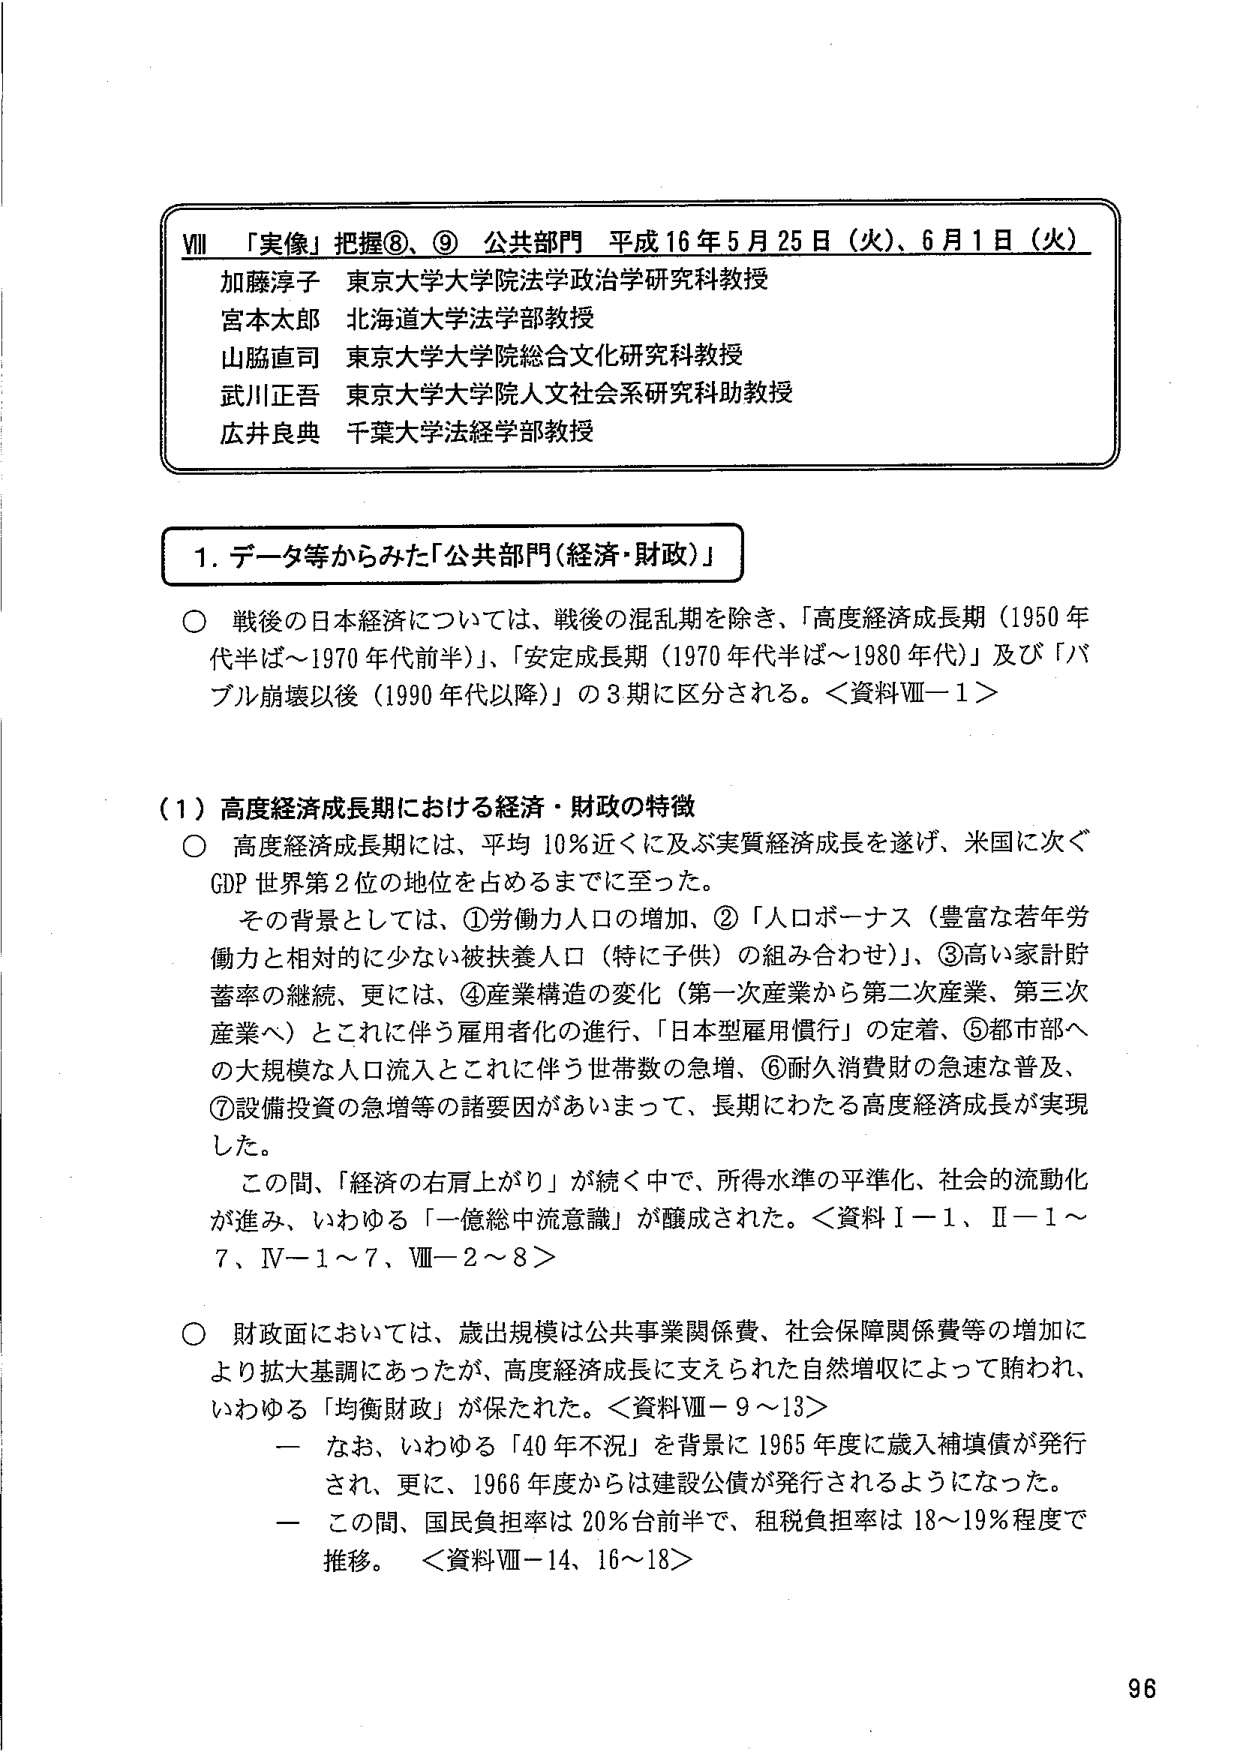
VII 「実像」把握⑧、⑨ 公共部門 平成16年5月25日（火）、6月1日（火）
加藤淳子 東京大学大学院法学政治学研究科教授
宮本太郎 北海道大学法学部教授
山脳直司 東京大学大学院総合文化研究科教授
武川正吾 東京大学大学院人文社会系研究科助教授
広井良典 千葉大学法経学部教授

1. データ等からみた「公共部門（経済・財政）」

○ 戦後の日本経済については、戦後の混乱期を除き、「高度経済成長期（1950年代半ば～1970年代前半）」、「安定成長期（1970年代半ば～1980年代）」及び「バブル崩壊以後（1990年代以降）」の3期に区分される。＜資料Ⅷ－1＞

（1）高度経済成長期における経済・財政の特徴
○ 高度経済成長期には、平均10％近くに及ぶ実質経済成長を遂げ、米国に次ぐGDP世界第2位の地位を占めるまでに至った。
　その背景としては、①労働力人口の増加、②「人口ボーナス（豊富な若年労働力と相対的に少ない被扶養人口（特に子供）の組み合わせ）」、③高い家計貯蓄率の継続、更には、④産業構造の変化（第一次産業から第二次産業、第三次産業へ）とこれに伴う雇用者化の進行、「日本型雇用慣行」の定着、⑤都市部への大規模な人口流入とこれに伴う世帯数の急増、⑥耐久消費財の急速な普及、⑦設備投資の急増等の諸要因があいまって、長期にわたる高度経済成長が実現した。
　この間、「経済の右肩上がり」が続く中で、所得水準の平準化、社会的流動化が進み、いわゆる「一億総中流意識」が醸成された。＜資料Ⅰ－1、Ⅱ－1～7、Ⅳ－1～7、Ⅷ－2～8＞

○ 財政面においては、歳出規模は公共事業関係費、社会保障関係費等の増加により拡大基調にあったが、高度経済成長に支えられた自然増収によって賄われ、いわゆる「均衡財政」が保たれた。＜資料Ⅷ－9～13＞
　－ なお、いわゆる「40年不況」を背景に1965年度に歳入補填債が発行され、更に、1966年度からは建設公債が発行されるようになった。
　－ この間、国民負担率は20％台前半で、租税負担率は18～19％程度で推移。＜資料Ⅷ－14、16～18＞

96